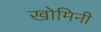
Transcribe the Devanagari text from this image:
खोमिनी